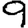
Digit: 9